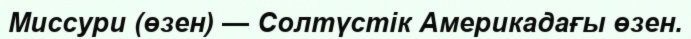
Миссури (өзен) — Солтүстік Америкадағы өзен.